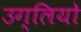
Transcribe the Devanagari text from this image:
उग्लियो